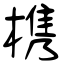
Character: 槜